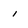
Character: i